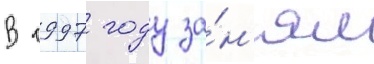
В 1997 году за́н'ял